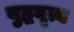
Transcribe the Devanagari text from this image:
युद्धनृत्य